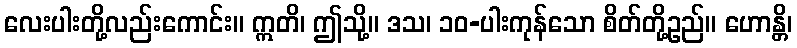
လေးပါးတို့လည်းကောင်း။ ဣတိ၊ ဤသို့။ ဒသ၊ ၁၀-ပါးကုန်သော စိတ်တို့ဥည်။ ဟောန္တိ၊